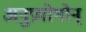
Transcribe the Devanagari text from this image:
अनुप्रयोगोन्